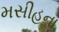
મસીહના